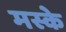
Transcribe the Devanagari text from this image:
मस्के